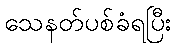
သေနတ်ပစ်ခံရပြီး